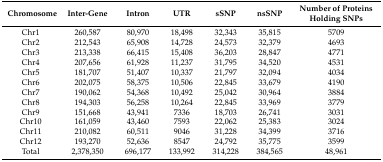
| Chromosome | Inter-Gene | Intron | UTR | sSNP | nsSNP | Number of Proteins Holding SNPs |
 | --- | --- | --- | --- | --- | --- | --- |
 | Chr1 | 260,587 | 80,970 | 18,498 | 32,343 | 35,815 | 5709 |
 | Chr2 | 212,543 | 65,908 | 14,728 | 24,573 | 32,379 | 4693 |
 | Chr3 | 213,338 | 66,415 | 15,408 | 36,203 | 28,847 | 4771 |
 | Chr4 | 207,656 | 61,928 | 11,237 | 31,795 | 34,520 | 4531 |
 | Chr5 | 181,707 | 51,407 | 10,337 | 21,797 | 32,094 | 4034 |
 | Chr6 | 202,075 | 58,375 | 10,506 | 22,845 | 33,679 | 4190 |
 | Chr7 | 190,062 | 54,368 | 10,492 | 25,042 | 30,964 | 3884 |
 | Chr8 | 194,303 | 56,258 | 10,264 | 22,845 | 33,969 | 3779 |
 | Chr9 | 151,668 | 43,941 | 7336 | 18,703 | 26,741 | 3031 |
 | Chr10 | 161,059 | 43,460 | 7593 | 22,062 | 25,383 | 3024 |
 | Chr11 | 210,082 | 60,511 | 9046 | 31,228 | 34,399 | 3716 |
 | Chr12 | 193,270 | 52,636 | 8547 | 24,792 | 35,775 | 3599 |
 | Total | 2,378,350 | 696,177 | 133,992 | 314,228 | 384,565 | 48,961 |